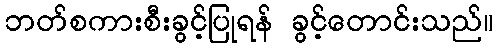
ဘတ်စကားစီးခွင့်ပြုရန် ခွင့်တောင်းသည်။